system: You are a helpful assistant.
user:
Analyze the provided spectrum to determine if it is a **M-type Giant (gM)**.

A M-type Giant spectrum is defined by its **strong molecular absorption** features, particularly from **Titanium Oxide (TiO)**. You must check for one of the following mutually exclusive signatures:

- **Key Visual Indicators (Absorption-Dominated Spectrum):**

    - **(Primary):** The spectrum is dominated by strong molecular absorption from **Titanium Oxide (TiO)**. This is the **defining feature** of its M-type temperature class.
        - **(Key Bandheads):** Look for sharp, "saw-tooth" absorption valleys. The strongest are located near **~7050 Å**, **~6160 Å**, and **~5170 Å**.
        - **(Line Profile):** The "saw-tooth" morphology is critical: a **sharp, steep drop on the BLUE (short-wavelength) side** of the bandhead, followed by a gradual recovery (rising flux) towards the RED (long-wavelength) side.

    - **(Key Confirmation - Giant vs. Dwarf):** **ABSENCE** of strong **Calcium Hydride (CaH)** molecular bands. This is the primary diagnostic for *excluding* M-dwarfs.
        - **(Key Region):** The spectrum should lack the strong, broad absorption band seen in dwarfs between **~6800 Å and ~7000 Å**.

    - **(Secondary Confirmation - Giant):** A very strong and broad **Neutral Calcium (Ca I)** atomic absorption line.
        - **(Key Line):** Located at **~4226 Å**. In a giant (gM), this line is significantly deeper and broader than the same line in an M-dwarf (dM) due to low surface gravity.

    - **(Overall Spectrum):**
        - The continuum is **extremely red-sloping** (i.e., flux is very low in the blue and rises dramatically towards the red).
        - The entire spectrum appears "chopped up" by the deep TiO bands.

Think first, call **spectral_visualization_tool** if needed to examine features in detail, then provide your final answer. Your response must adhere to the following strict rules:
1.  **Overall Structure:** Your response must follow the format `<think>...</think> <tool_call>...</tool_call> (if a tool is used) <answer>...</answer>`.
2.  **Tool Usage Constraint:** You may only make **one** tool call per turn.
3.  **Final Answer Format:** In the `<answer>` tag, your conclusion must be inside a `\boxed{}` command (e.g., `\boxed{YES}` or `\boxed{NO}`), followed by your justification.

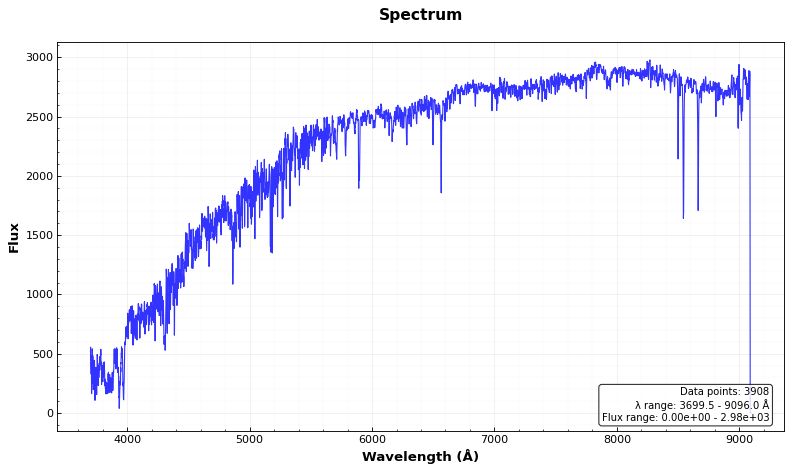
Answer: NO